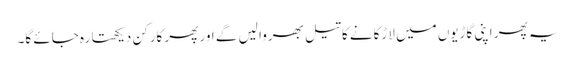
یہ پھر اپنی گاڑیوں میں لاڑکانے کا تیل بھروا لیں گے اور پھر کارکن دیکھتا رہ جائے گا۔